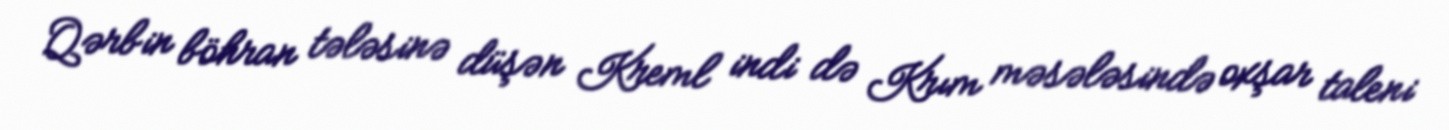
Qərbin böhran tələsinə düşən Kreml indi də Krım məsələsində oxşar taleni